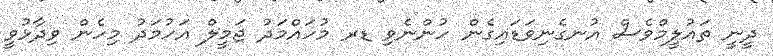
ދީނީ ތައުލީމްވެސް އުނގެނިވަޑައިގެން ހުންނެވި ޑރ މުހައްމަދު ޖަމީލް އަހުމަދު މިހެން ވިދާޅުވީ